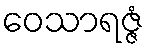
ဝေသာရဇ္ဇံ